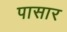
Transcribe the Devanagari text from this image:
पासार